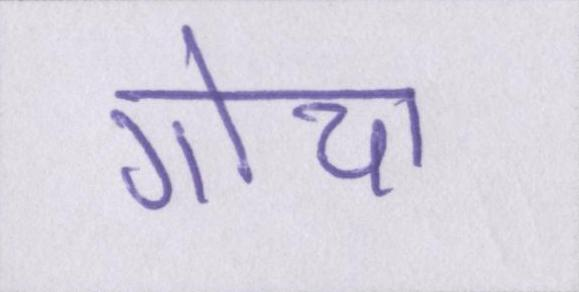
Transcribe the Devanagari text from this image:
गोया